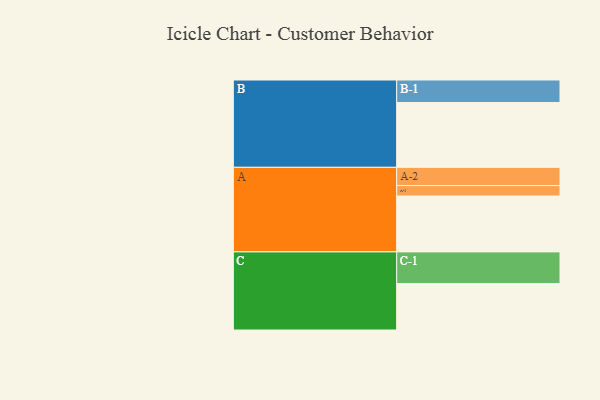
{"axis": {"x": "Segment", "y": "Value"}, "legend": ["", "A", "B", "C"], "data": [{"x": "A", "y": 460, "type": ""}, {"x": "B", "y": 534, "type": ""}, {"x": "C", "y": 382, "type": ""}, {"x": "A-1", "y": 86, "type": "A"}, {"x": "A-2", "y": 150, "type": "A"}, {"x": "B-1", "y": 185, "type": "B"}, {"x": "C-1", "y": 261, "type": "C"}]}